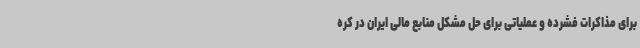
برای مذاکرات فشرده و عملیاتی برای حل مشکل منابع مالی ایران در کره